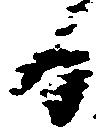
る